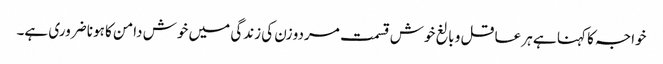
خواجہ کا کہنا ہے ہر عاقل و بالغ خوش قسمت مردو زن کی زندگی میں خوش دامن کا ہونا ضروری ہے۔